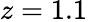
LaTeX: z=1.1